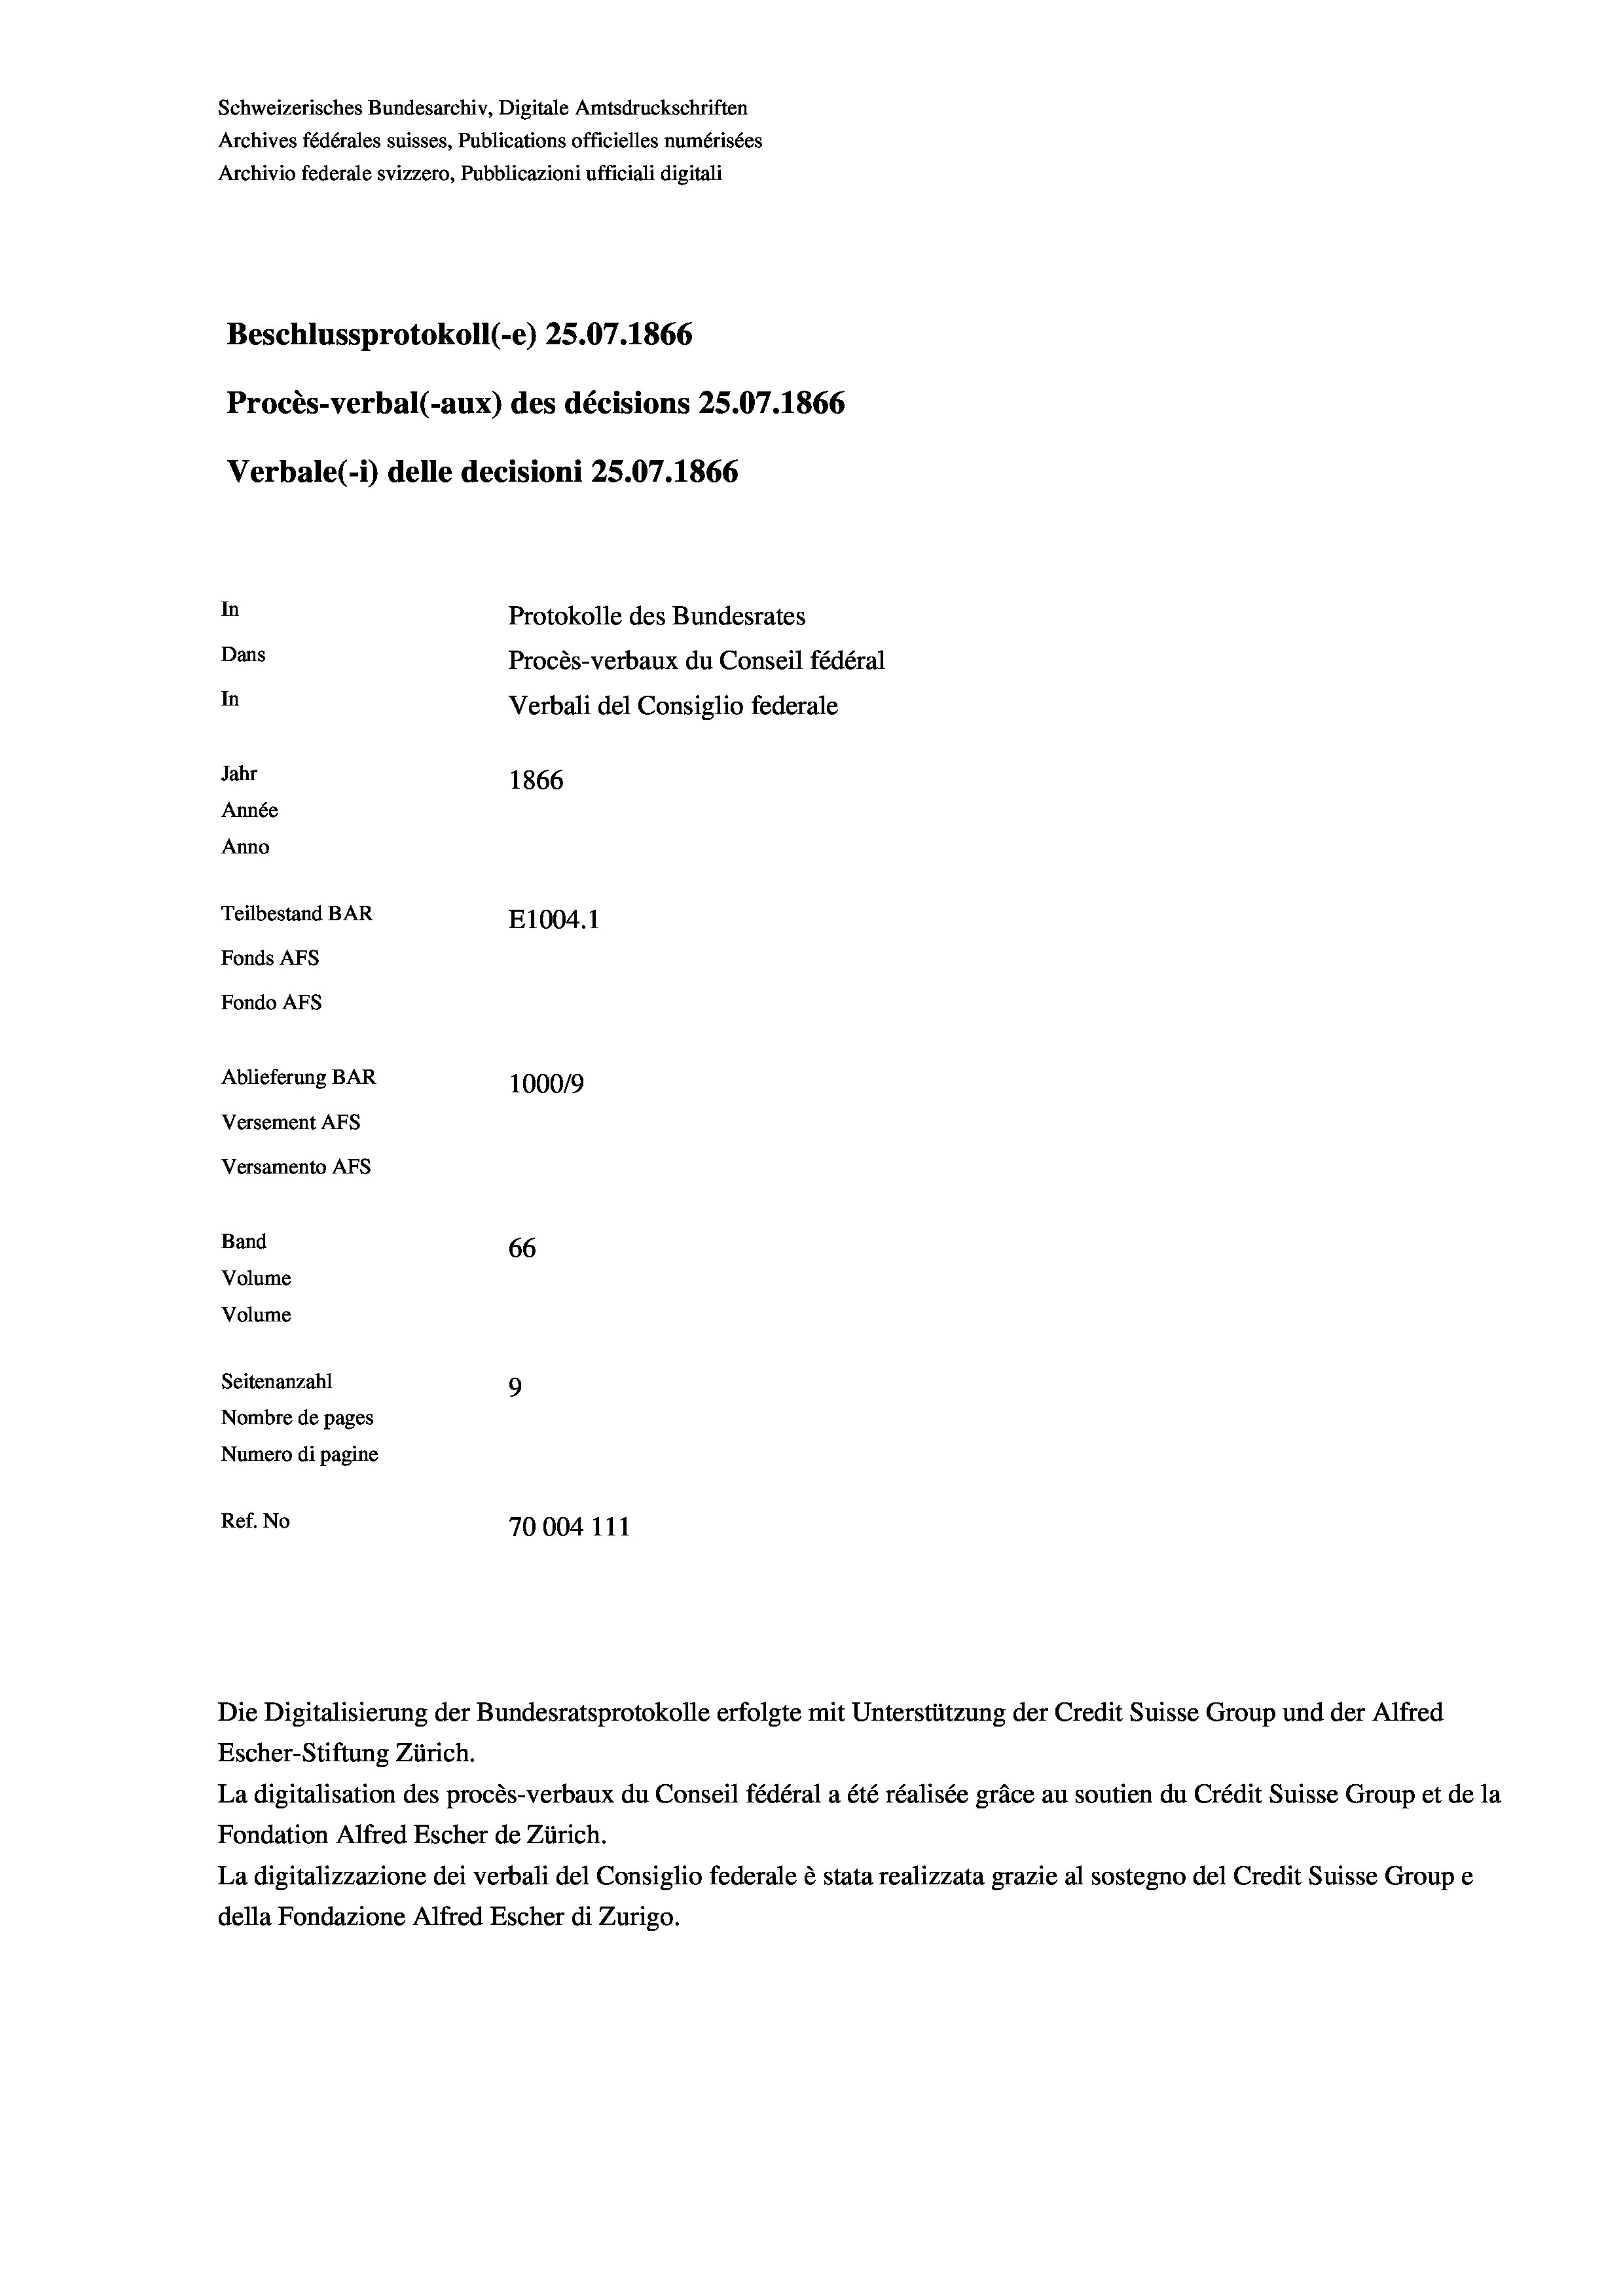
Schweizerisches Bundesarchiv, Digitale Amtsdruckschriften
Archives fédérales suisses, Publications officielles numérisées
Archivio federale svizzero, Pubblicazioni ufficiali digitali
Beschlussprotokoll (-e) 25.07. 1866
Procès-verbal (-aux) des décisions 25.07.1866
Verbale(*) delle decisioni 25.07. 1866
In
Protokolle des Bundesrates
Dans
Procès-verbaux du Conseil fédéral
In
Verbali del Consiglio federale
Jahr
1866
Année
Anno
Teilbestand BAR
E1004. 1
Fonds Afs
Fondo AFs

Ablieferung BAR
Versement Abs
Versamento AFs
Band
Volume
Volume

66
Seitenanzahl
9
Nombre de pages
Numero di pagine
Ref. No
70004 111

100019

La digitalisation des procès-verbaux du Conseil fédéral a été réalisée gräce au soutien du Crédit Suisse Group et de la
Fondation Alfred Escher de Zürich.
La digitalizzazione dei verbali del Consiglio federale è stata realizzata grazie al sostegno del Credit Suisse Groupe
della Fondazione Alfred Escher di Zurigo.

Die Digitalisierung der Bundesratsprotokolle erfolgte mit Unterstützung der Credit Suisse Group und der Alfred
Escher-Stiftung Zürich.